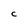
Character: C